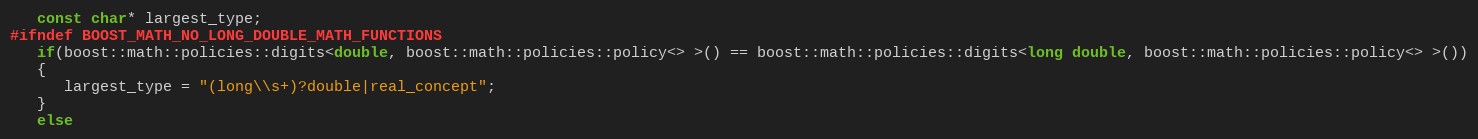
Language: C++
   const char* largest_type;
#ifndef BOOST_MATH_NO_LONG_DOUBLE_MATH_FUNCTIONS
   if(boost::math::policies::digits<double, boost::math::policies::policy<> >() == boost::math::policies::digits<long double, boost::math::policies::policy<> >())
   {
      largest_type = "(long\\s+)?double|real_concept";
   }
   else